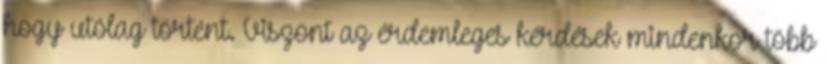
hogy utólag történt. Viszont az érdemleges kérdések mindenkor több